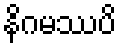
နိဂမဿပိ